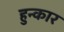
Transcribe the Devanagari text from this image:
हुन्कार